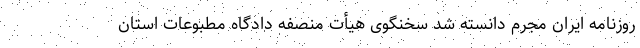
روزنامه ایران مجرم دانسته شد سخنگوی هیأت منصفه دادگاه مطبوعات استان